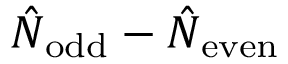
\hat { N } _ { \mathrm { o d d } } - \hat { N } _ { \mathrm { e v e n } }